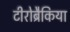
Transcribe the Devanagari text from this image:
टीरोब्रैकिया